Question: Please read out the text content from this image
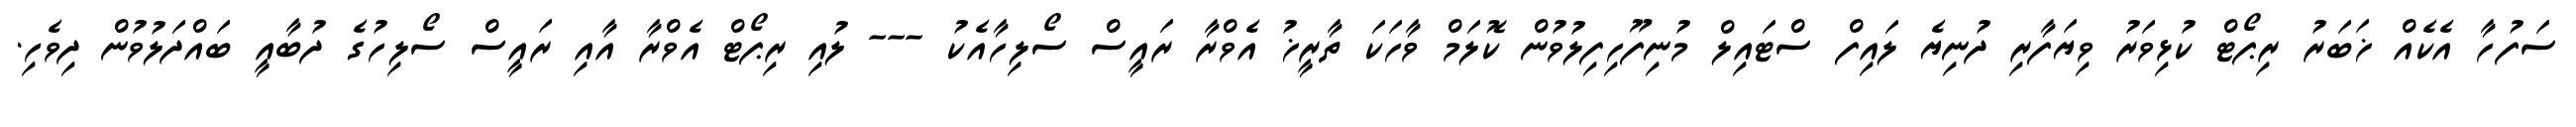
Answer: ސަފުހާ އެކެއް ޚަބަރު ރިޕޯޓް ކުޅިވަރު ވިޔަފާރި ދުނިޔެ ލައިފް ސްޓައިލް މުނިފޫހިފިލުވުން ކޮލަމް ވާހަކަ ތާރީޚު އެވްރާ ރައީސް ސޯލިހާއެކު --- ލުއި ރިޕޯޓް އެވްރާ އާއި ރައީސް ސޯލިހުގެ ދުބާއީ ބައްދަލުވުން ދިވެހި.